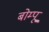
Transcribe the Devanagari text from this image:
बोम्पू